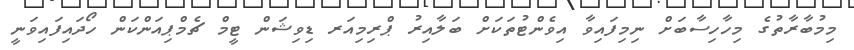
މިމުބާރާތުގެ މިހާހިސާބަށް ނިމިފައިވާ އިވެންޓުތަކަށް ބަލާއިރު ޕްރިމިއަރ ޑިވިޝަން ޓީމް ޗެމްޕިއަންކަން ހޯދައިފައިވަނީ